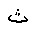
Letter: _tha